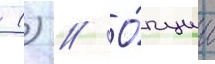
 () // О́пции